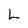
Character: L